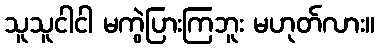
သူသူငါငါ မကွဲပြားကြဘူး မဟုတ်လား။